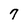
Character: 7